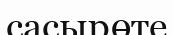
сасырөте